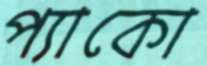
প্যাকো